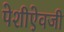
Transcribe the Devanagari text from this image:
पेशीऐवजी